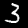
Label: 3